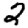
Digit: 2